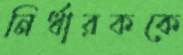
নির্ধারককে